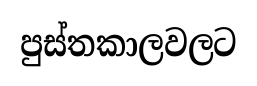
පුස්තකාලවලට